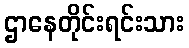
ဌာနေတိုင်းရင်းသား